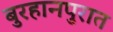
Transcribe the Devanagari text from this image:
बुरहानपुरात